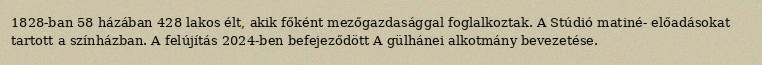
1828-ban 58 házában 428 lakos élt, akik főként mezőgazdasággal foglalkoztak. A Stúdió matiné- előadásokat tartott a színházban. A felújítás 2024-ben befejeződött A gülhánei alkotmány bevezetése.